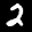
Label: 2